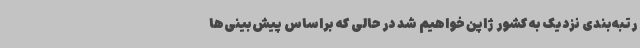
رتبه‌بندی نزدیک به کشور ژاپن خواهیم شد در حالی که براساس پیش‌بینی‌ها